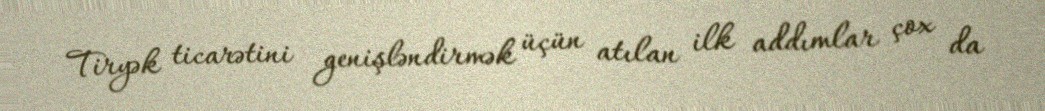
Tiryək ticarətini genişləndirmək üçün atılan ilk addımlar çox da